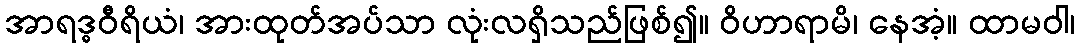
အာရဒ္ဓဝီရိယံ၊ အားထုတ်အပ်သာ လုံးလရှိသည်ဖြစ်၍။ ဝိဟာရာမိ၊ နေအံ့။ ထာမဝါ၊